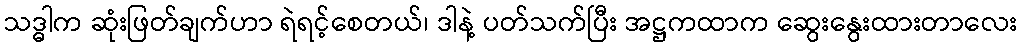
သဒ္ဓါက ဆုံးဖြတ်ချက်ဟာ ရဲရင့်စေတယ်၊ ဒါနဲ့ ပတ်သက်ပြီး အဋ္ဌကထာက ဆွေးနွေးထားတာလေး